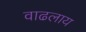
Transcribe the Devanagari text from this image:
वाढलाय